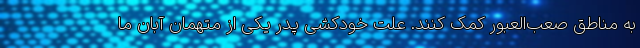
به مناطق صعب‌العبور کمک کنند. علت خودکشی پدر یکی از متهمان آبان ما